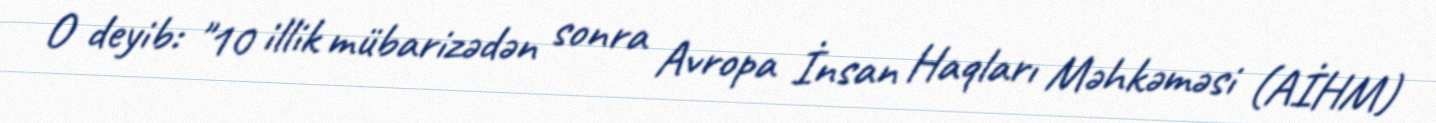
O deyib: "10 illik mübarizədən sonra Avropa İnsan Haqları Məhkəməsi (AİHM)